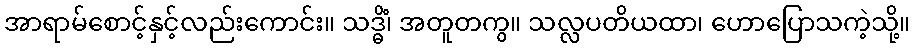
အာရာမ်စောင့်နှင့်လည်းကောင်း။ သဒ္ဓိံ၊ အတူတကွ။ သလ္လပတိယထာ၊ ဟောပြောသကဲ့သို့။